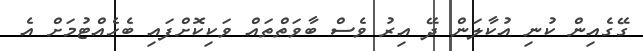
ގޭގެއިން ކުނި އުކާލަން ދޭ އިރު ވެސް ބާވަތްތައް ވަކިކޮށްފައި ބެހެއްޓުމަށް އެ